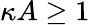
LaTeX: \kappa A\geq 1